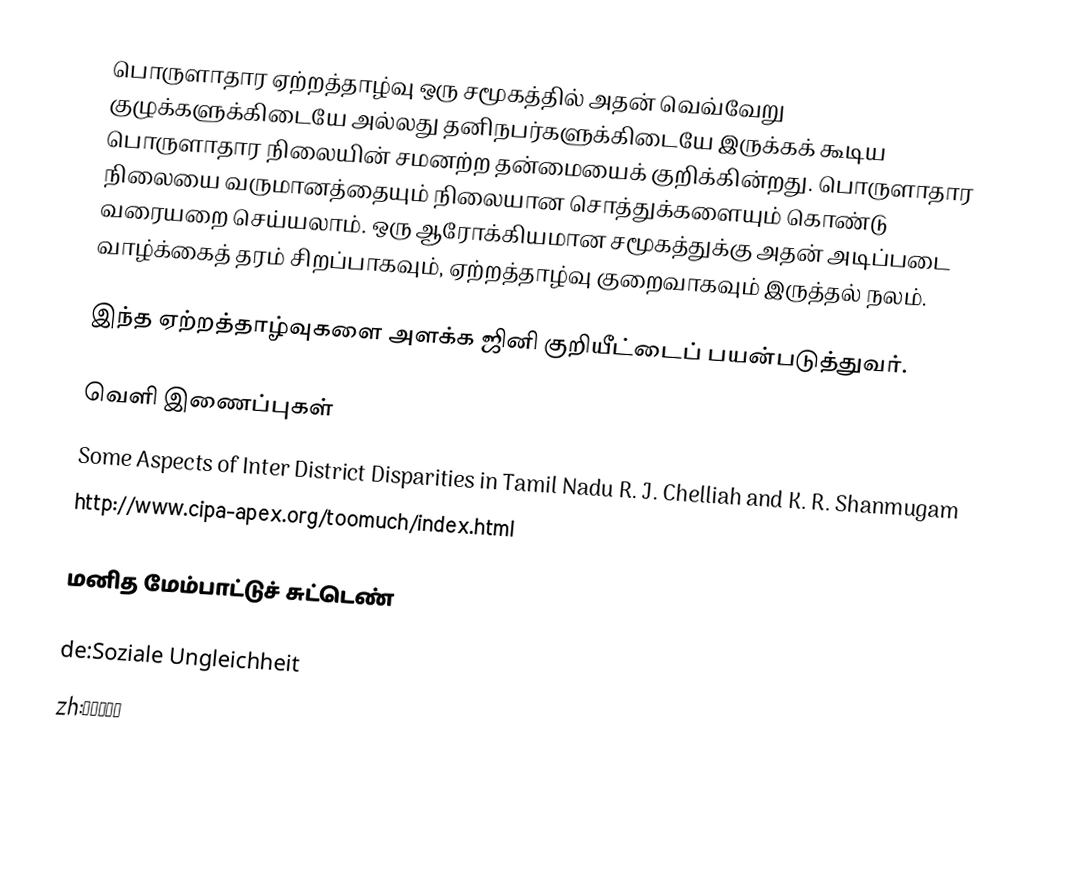
பொருளாதார ஏற்றத்தாழ்வு ஒரு சமூகத்தில் அதன் வெவ்வேறு குழுக்களுக்கிடையே அல்லது தனிநபர்களுக்கிடையே இருக்கக் கூடிய பொருளாதார நிலையின் சமனற்ற தன்மையைக் குறிக்கின்றது.  பொருளாதார நிலையை வருமானத்தையும் நிலையான சொத்துக்களையும் கொண்டு வரையறை செய்யலாம்.  ஒரு ஆரோக்கியமான சமூகத்துக்கு அதன் அடிப்படை வாழ்க்கைத் தரம் சிறப்பாகவும், ஏற்றத்தாழ்வு குறைவாகவும் இருத்தல் நலம்.

இந்த ஏற்றத்தாழ்வுகளை அளக்க ஜினி குறியீட்டைப் பயன்படுத்துவர்.

வெளி இணைப்புகள்
 Some Aspects of Inter District Disparities in Tamil Nadu R. J. Chelliah and K. R. Shanmugam
 http://www.cipa-apex.org/toomuch/index.html

மனித மேம்பாட்டுச் சுட்டெண்

de:Soziale Ungleichheit
zh:社会不平等